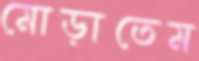
মোড়াতেম